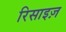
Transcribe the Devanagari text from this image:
रिसाइज़